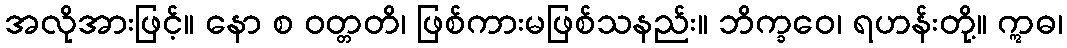
အလိုအားဖြင့်။ နော စ ဝတ္တတိ၊ ဖြစ်ကားမဖြစ်သနည်း။ ဘိက္ခဝေ၊ ရဟန်းတို့။ ဣဓ၊